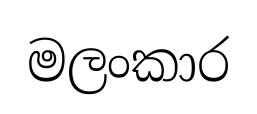
මලංකාර